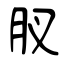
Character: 肞